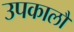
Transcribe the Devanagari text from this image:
उपकालौं